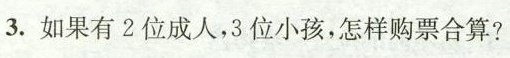
3.如果有2位成人，3位小孩，怎样购票合算？